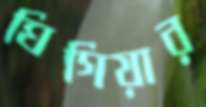
ঘিগিয়ার